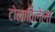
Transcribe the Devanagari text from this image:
टोलाविलेला